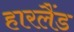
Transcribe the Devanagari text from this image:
हारलैंड